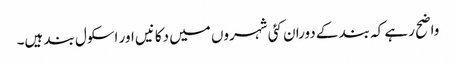
واضح رہے کہ بند کے دوران کئی شہروں میں دکانیں اور اسکول بند ہیں۔